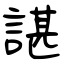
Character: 諶